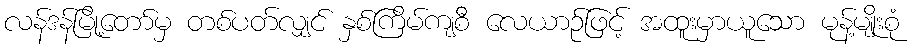
လန်ဒန်မြို့တော်မှ တစ်ပတ်လျှင် နှစ်ကြိမ်ကျစီ လေယာဉ်ဖြင့် အထူးမှာယူသော မုန့်မျိုးစုံ